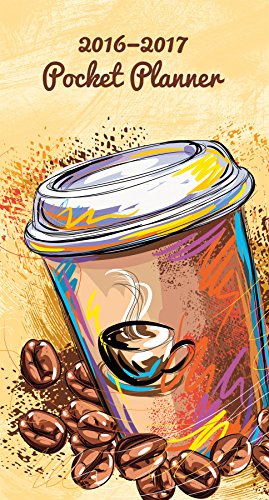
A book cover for Coffee 2016 Pocket Planner; Trends International; Calendars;